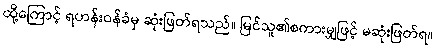
ထို့ကြောင့် ရဟန်းဝန်ခံမှ ဆုံးဖြတ်ရသည်။ မြင်သူ၏စကားမျှဖြင့် မဆုံးဖြတ်ရ။